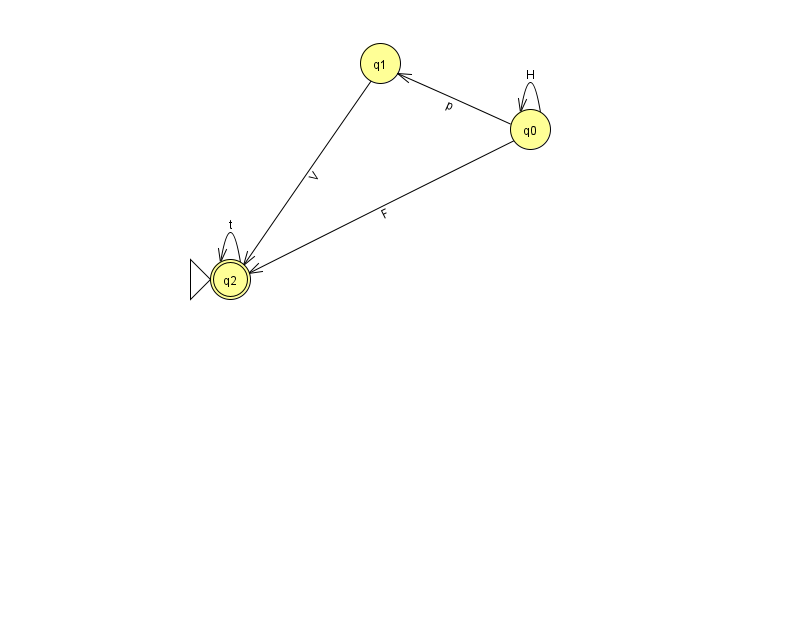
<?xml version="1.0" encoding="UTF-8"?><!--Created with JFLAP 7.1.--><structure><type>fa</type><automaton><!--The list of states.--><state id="0" name="q0"><x>530.0</x><y>116.0</y></state><state id="1" name="q1"><x>380.0</x><y>50.0</y></state><state id="2" name="q2"><x>230.0</x><y>266.0</y><initial/><final/></state><!--The list of transitions.--><transition><from>2</from><to>2</to><read>t</read></transition><transition><from>1</from><to>2</to><read>V</read></transition><transition><from>0</from><to>0</to><read>H</read></transition><transition><from>0</from><to>2</to><read>F</read></transition><transition><from>0</from><to>1</to><read>p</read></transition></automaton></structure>